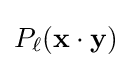
P_{\ell }(\mathbf {x} \cdot \mathbf {y} )